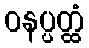
ဝနပ္ပတ္ထံ